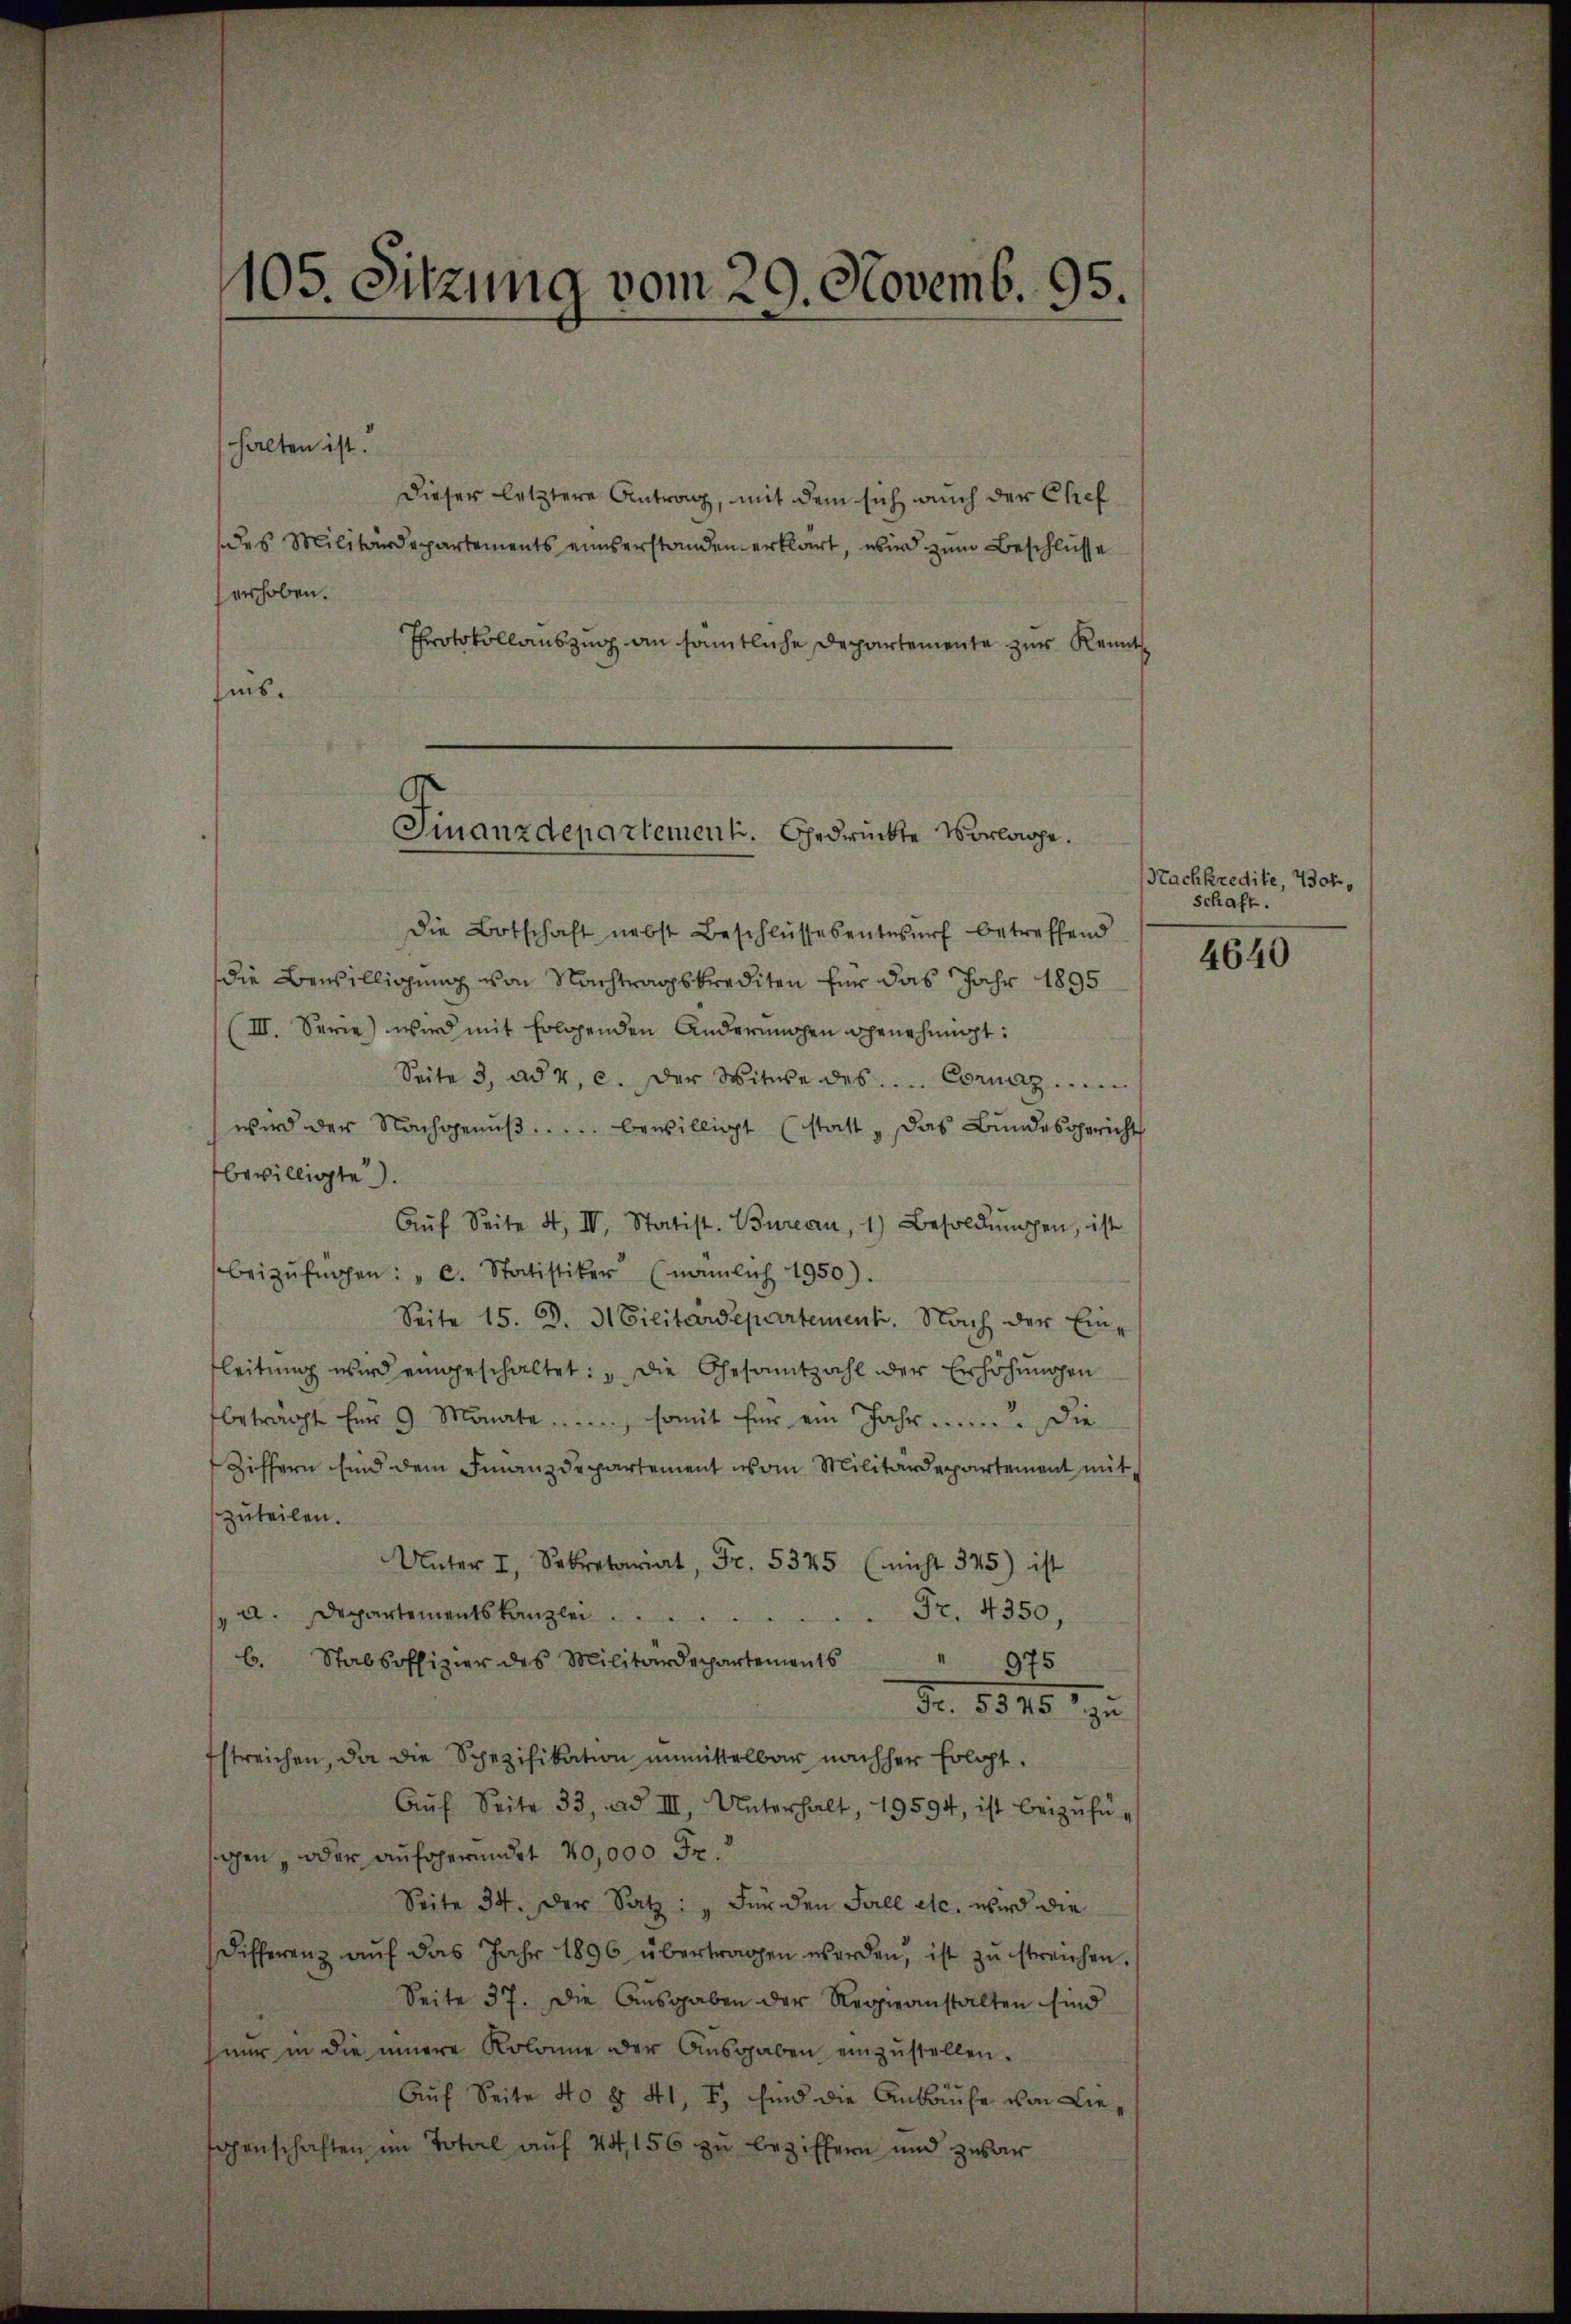
105. Sitzung vom 29. Novemb. 95.

halten ist.
dieser letztere Antrag, mit dem sich auch der Chief
des Militärdepartements einserstanden erklärt, wird zum Beschlüsse
erhoben.
Protokollauszug an sämtliche Departemente zur Kennt
fins.
die Botschaft nebst Beschlŭssesentwŭrf betreffend
die Bewilligung von Nachtragskrediten für das Jahr 1895
(III. Serie) wird mit Erlösenden Anderungen genehmigt:
Seite 3, ad 2, c. der Witwe des .... Cornaz ..........
wird der Nachgenŭβ..... bewilligt (statt „das Bundesgericht
bewilligte).
Aŭf Seite 4, III. Statist. Bureau, 1) Besoldŭngen, ist
beizufügen: „c. Statistiker (nämlich 1950).
Seite 15. d. 31 Cilitärdepartement. Nach der Einleitung wird eingeschaltet: „Die Gesamtzahl der Erhöhungen
beträgt für 9 Monate......... somit für ein Jahr ....... Die
Ziffern sind dem Finanzdepartement vom Militärdepartement mit
zuteilen.
Unter I. Sekretariat, Fr. 5345 (nicht 325) ist
a. Departementskanzler Fr. 4350,
b. Stabsoffizier des Militärdepartements
975
Fr. 1840. zu
streichen, da die Spezifikation unmittelbar nachher folgt.
Aŭf Seite 33, ad III. Unterhalt, 19594, ist beizufüsagen, oder aufgewundet 40,000 Fr.
Seite 34. Der Satz: „Für den Fall etc. wird die
Differenz aŭf das Jahr 1896 übertragen werden, ist zŭ streichen.
Seite 37. Die Ausgaben der Regieanstalten sind
nur in die innere Kolome der Aŭsgaben einzŭstellen.
Auf Seite 40 § 41, I, sind die Ankaufe von Liesehenschaften im Total auf 44, 156 zu beziffern und zwar

Finanzdepartement. Gedrückte Vorlage.

Nachkredite, Vorschaft.

4640